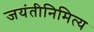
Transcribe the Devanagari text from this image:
जयंतीनिमित्य